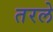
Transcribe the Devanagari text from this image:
तरले